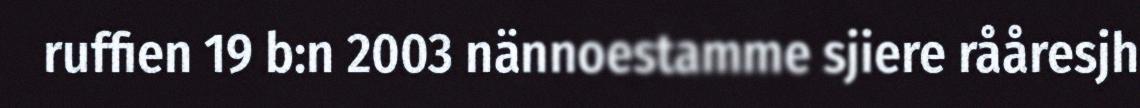
ruffien 19 b:n 2003 nännoestamme sjiere rååresjh